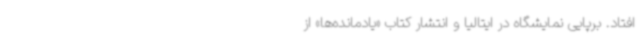
افتاد. برپایی نمایشگاه در ایتالیا و انتشار کتاب «یادمانده‌ها» از